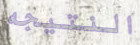
النتيجه